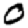
Digit: 0